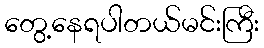
တွေ့နေရပါတယ်မင်းကြီး